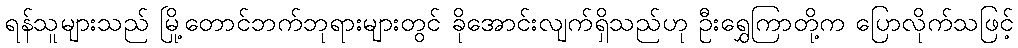
ရန်သူများသည် မြို့တောင်ဘက်ဘုရားများတွင် ခိုအောင်းလျက်ရှိသည်ဟု ဦးရွှေကြာတို့က ပြောလိုက်သဖြင့်